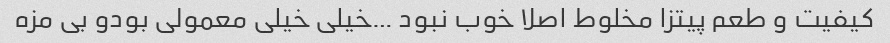
کیفیت و طعم پیتزا مخلوط اصلا خوب نبود …خیلی خیلی معمولی بود‌و بی مزه